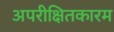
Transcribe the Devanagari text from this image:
अपरीक्षितकारम